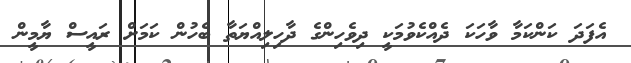
އެފަދަ ކަންކަމާ ވާހަކަ ދެއްކެވުމަކީ ދިވެހިންގެ ދާހިލިއްޔަތާ ބެހުން ކަމަށް ރައީސް ޔާމީން